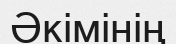
Әкімінің